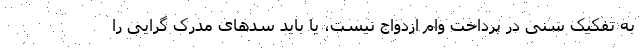
به تفکیک سنی در پرداخت وام ازدواج نیست، یا باید سدهای مدرک گرایی را